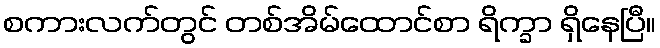
စကားလက်တွင် တစ်အိမ်ထောင်စာ ရိက္ခာ ရှိနေပြီ။